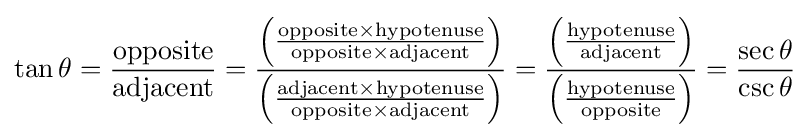
\tan \theta ={\frac {\mathrm {opposite} }{\mathrm {adjacent} }}={\frac {\left({\frac {\mathrm {opposite} \times \mathrm {hypotenuse} }{\mathrm {opposite} \times \mathrm {adjacent} }}\right)}{\left({\frac {\mathrm {adjacent} \times \mathrm {hypotenuse} }{\mathrm {opposite} \times \mathrm {adjacent} }}\right)}}={\frac {\left({\frac {\mathrm {hypotenuse} }{\mathrm {adjacent} }}\right)}{\left({\frac {\mathrm {hypotenuse} }{\mathrm {opposite} }}\right)}}={\frac {\sec \theta }{\csc \theta }}